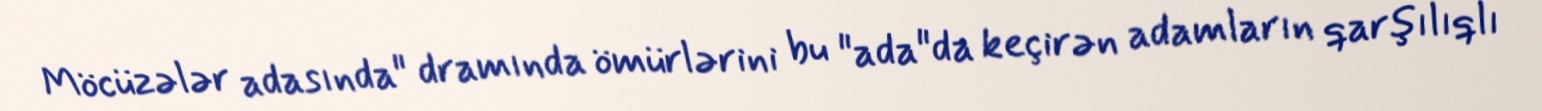
Möcüzələr adasında" dramında ömürlərini bu "ada"da keçirən adamların qarşılıqlı